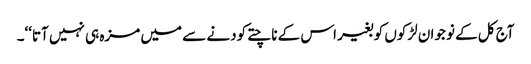
آج کل کے نوجوان لڑکوں کو بغیر اس کے ناچتے کودنے سے میں مزہ ہی نہیں آتا‘‘۔